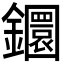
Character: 𨯬